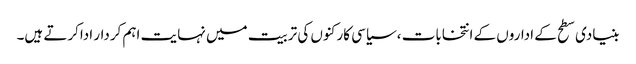
بنیادی سطح کے اداروں کے انتخابات ،سیاسی کارکنوں کی تربیت میں نہایت اہم کردار اداکرتے ہیں۔